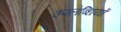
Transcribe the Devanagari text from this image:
उपलब्धियों